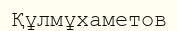
Құлмұхаметов